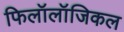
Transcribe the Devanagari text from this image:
फिलॉलॉजिकल